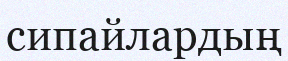
сипайлардың